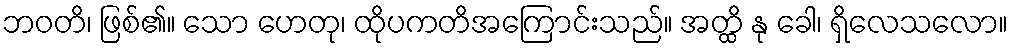
ဘဝတိ၊ ဖြစ်၏။ သော ဟေတု၊ ထိုပကတိအကြောင်းသည်။ အတ္ထိ နု ခေါ၊ ရှိလေသလော။